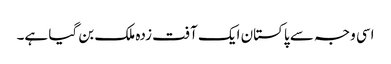
اسی وجہ سے پاکستان ایک آفت زدہ ملک بن گیا ہے۔